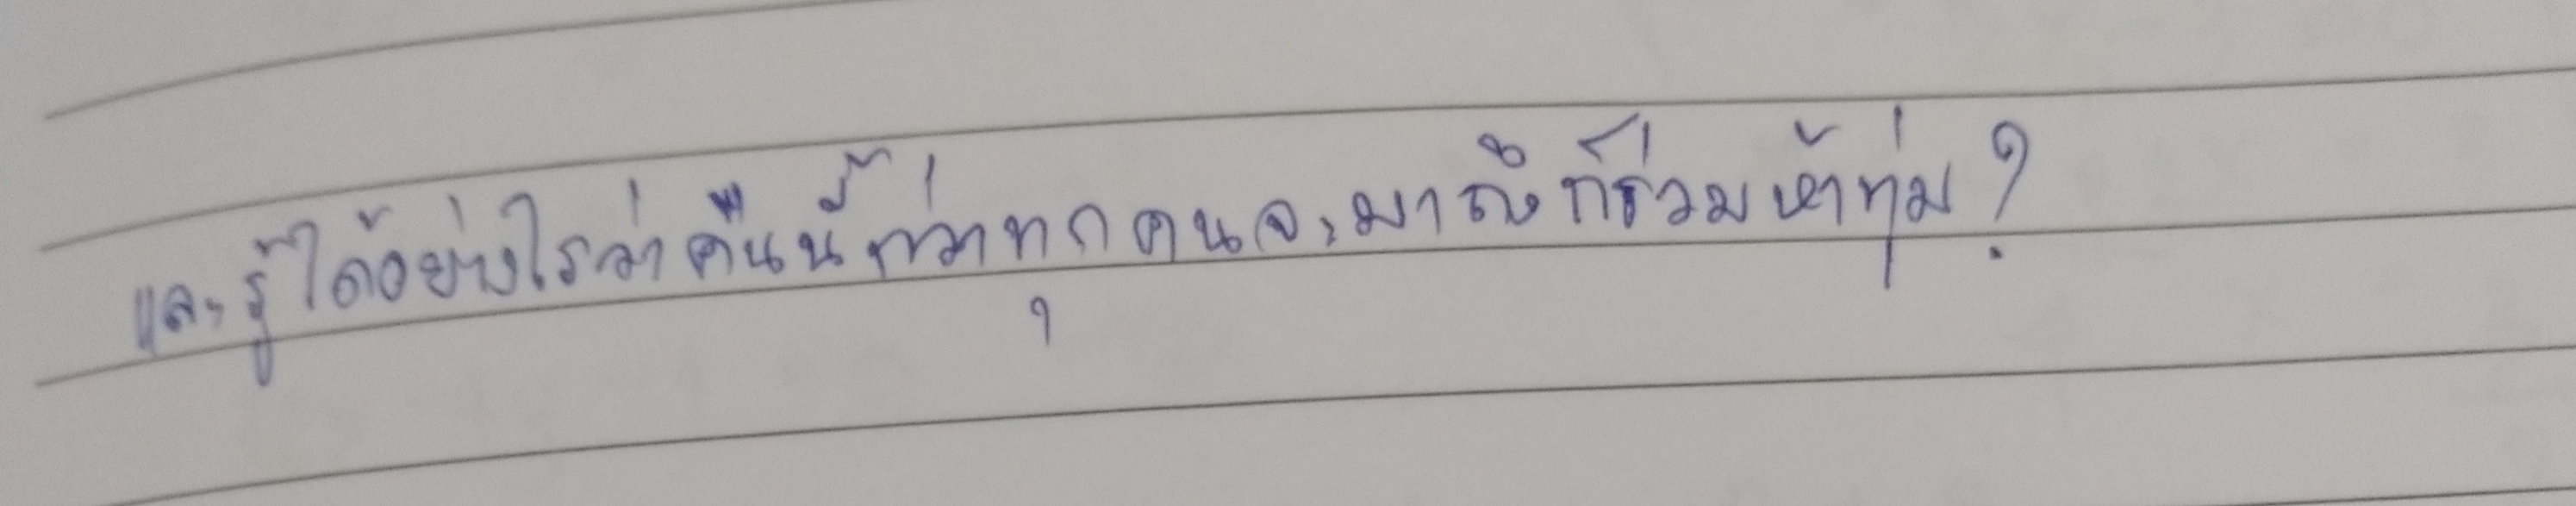
และรู้ได้อย่างไรว่าคืนนี้กว่าทุกคนจะมาถึงก็ร่วมห้าทุ่ม?